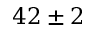
4 2 \pm 2